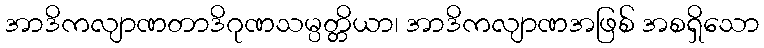
အာဒိကလျာဏတာဒိဂုဏသမ္ပတ္တိယာ၊ အာဒိကလျာဏအဖြစ် အစရှိသော